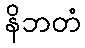
နိဘတံ